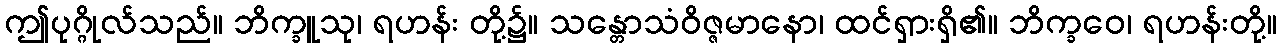
ဤပုဂ္ဂိုလ်သည်။ ဘိက္ခူသု၊ ရဟန်း တို့၌။ သန္တောသံဝိဇ္ဇမာနော၊ ထင်ရှားရှိ၏။ ဘိက္ခဝေ၊ ရဟန်းတို့။